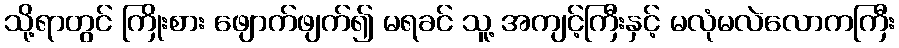
သို့ရာတွင် ကြိုးစား ဖျောက်ဖျက်၍ မရခင် သူ့ အကျင့်ကြီးနှင့် မလုံမလဲလောကကြီး